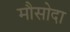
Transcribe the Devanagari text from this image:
मौसोदा